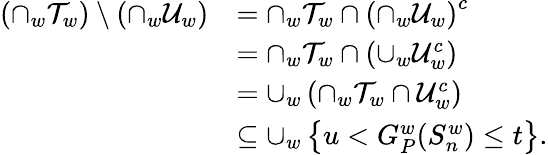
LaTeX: \begin{array}{rl}{\left(\cap_{w}\mathcal{T}_{w}\right)\setminus\left(\cap_{w}\mathcal{U}_{w}\right)}&{=\cap_{w}\mathcal{T}_{w}\cap\left(\cap_{w}\mathcal{U}_{w}\right)^{c}}\\ &{=\cap_{w}\mathcal{T}_{w}\cap\left(\cup_{w}\mathcal{U}_{w}^{c}\right)}\\ &{=\cup_{w}\left(\cap_{w}\mathcal{T}_{w}\cap\mathcal{U}_{w}^{c}\right)}\\ &{\subseteq\cup_{w}\left\{ u<G_{P}^{w}(S_{n}^{w})\leq t\right\} .}\end{array}